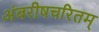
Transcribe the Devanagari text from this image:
अंबरीषचरितम्